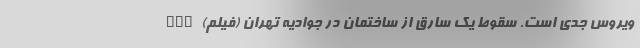
ویروس جدی است. سقوط یک سارق از ساختمان در جوادیه تهران (فیلم) nan